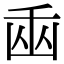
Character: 𠚏